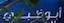
أبوظبي